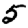
Digit: 5